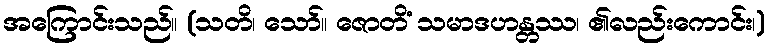
အကြောင်းသည်။ (သတိ၊ သော်။ ဇောတိံ သမာဒဟန္တဿ၊ ၏လည်းကောင်း၊)